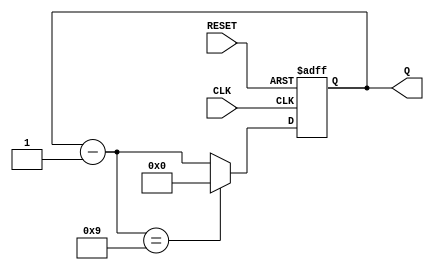
module COUNTER(CLK, RESET, Q);
    input CLK, RESET;
    output [3:0] Q;

    reg [3:0] Q;

    always @(posedge CLK or negedge RESET)
        if (!RESET)
            Q = 4'h9;
        else
            begin
                Q = Q - 1'b1;
                if (Q == 4'h9)
                    Q = 4'h0;
            end
endmodule